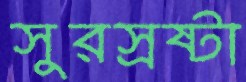
সুরস্রষ্টা